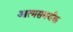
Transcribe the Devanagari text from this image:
आत्मसमर्थक